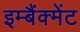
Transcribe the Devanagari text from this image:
इम्बैंक्मेंट